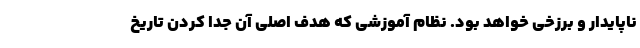
ناپایدار و برزخی خواهد بود. نظام آموزشی که هدف اصلی آن جدا کردن تاریخ